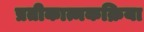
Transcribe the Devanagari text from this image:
प्रतीकात्मकक्रिया